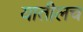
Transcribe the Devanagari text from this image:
यातीलच